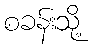
စခန်းသို့